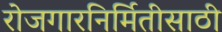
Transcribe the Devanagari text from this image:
रोजगारनिर्मितीसाठी